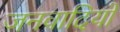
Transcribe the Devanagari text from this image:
जनवादियों